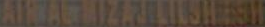
ALMAMIZ.LISHESH